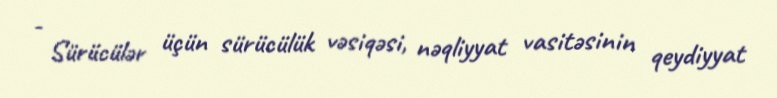
- Sürücülər üçün sürücülük vəsiqəsi, nəqliyyat vasitəsinin qeydiyyat